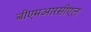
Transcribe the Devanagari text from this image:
बीएमआरसीएल